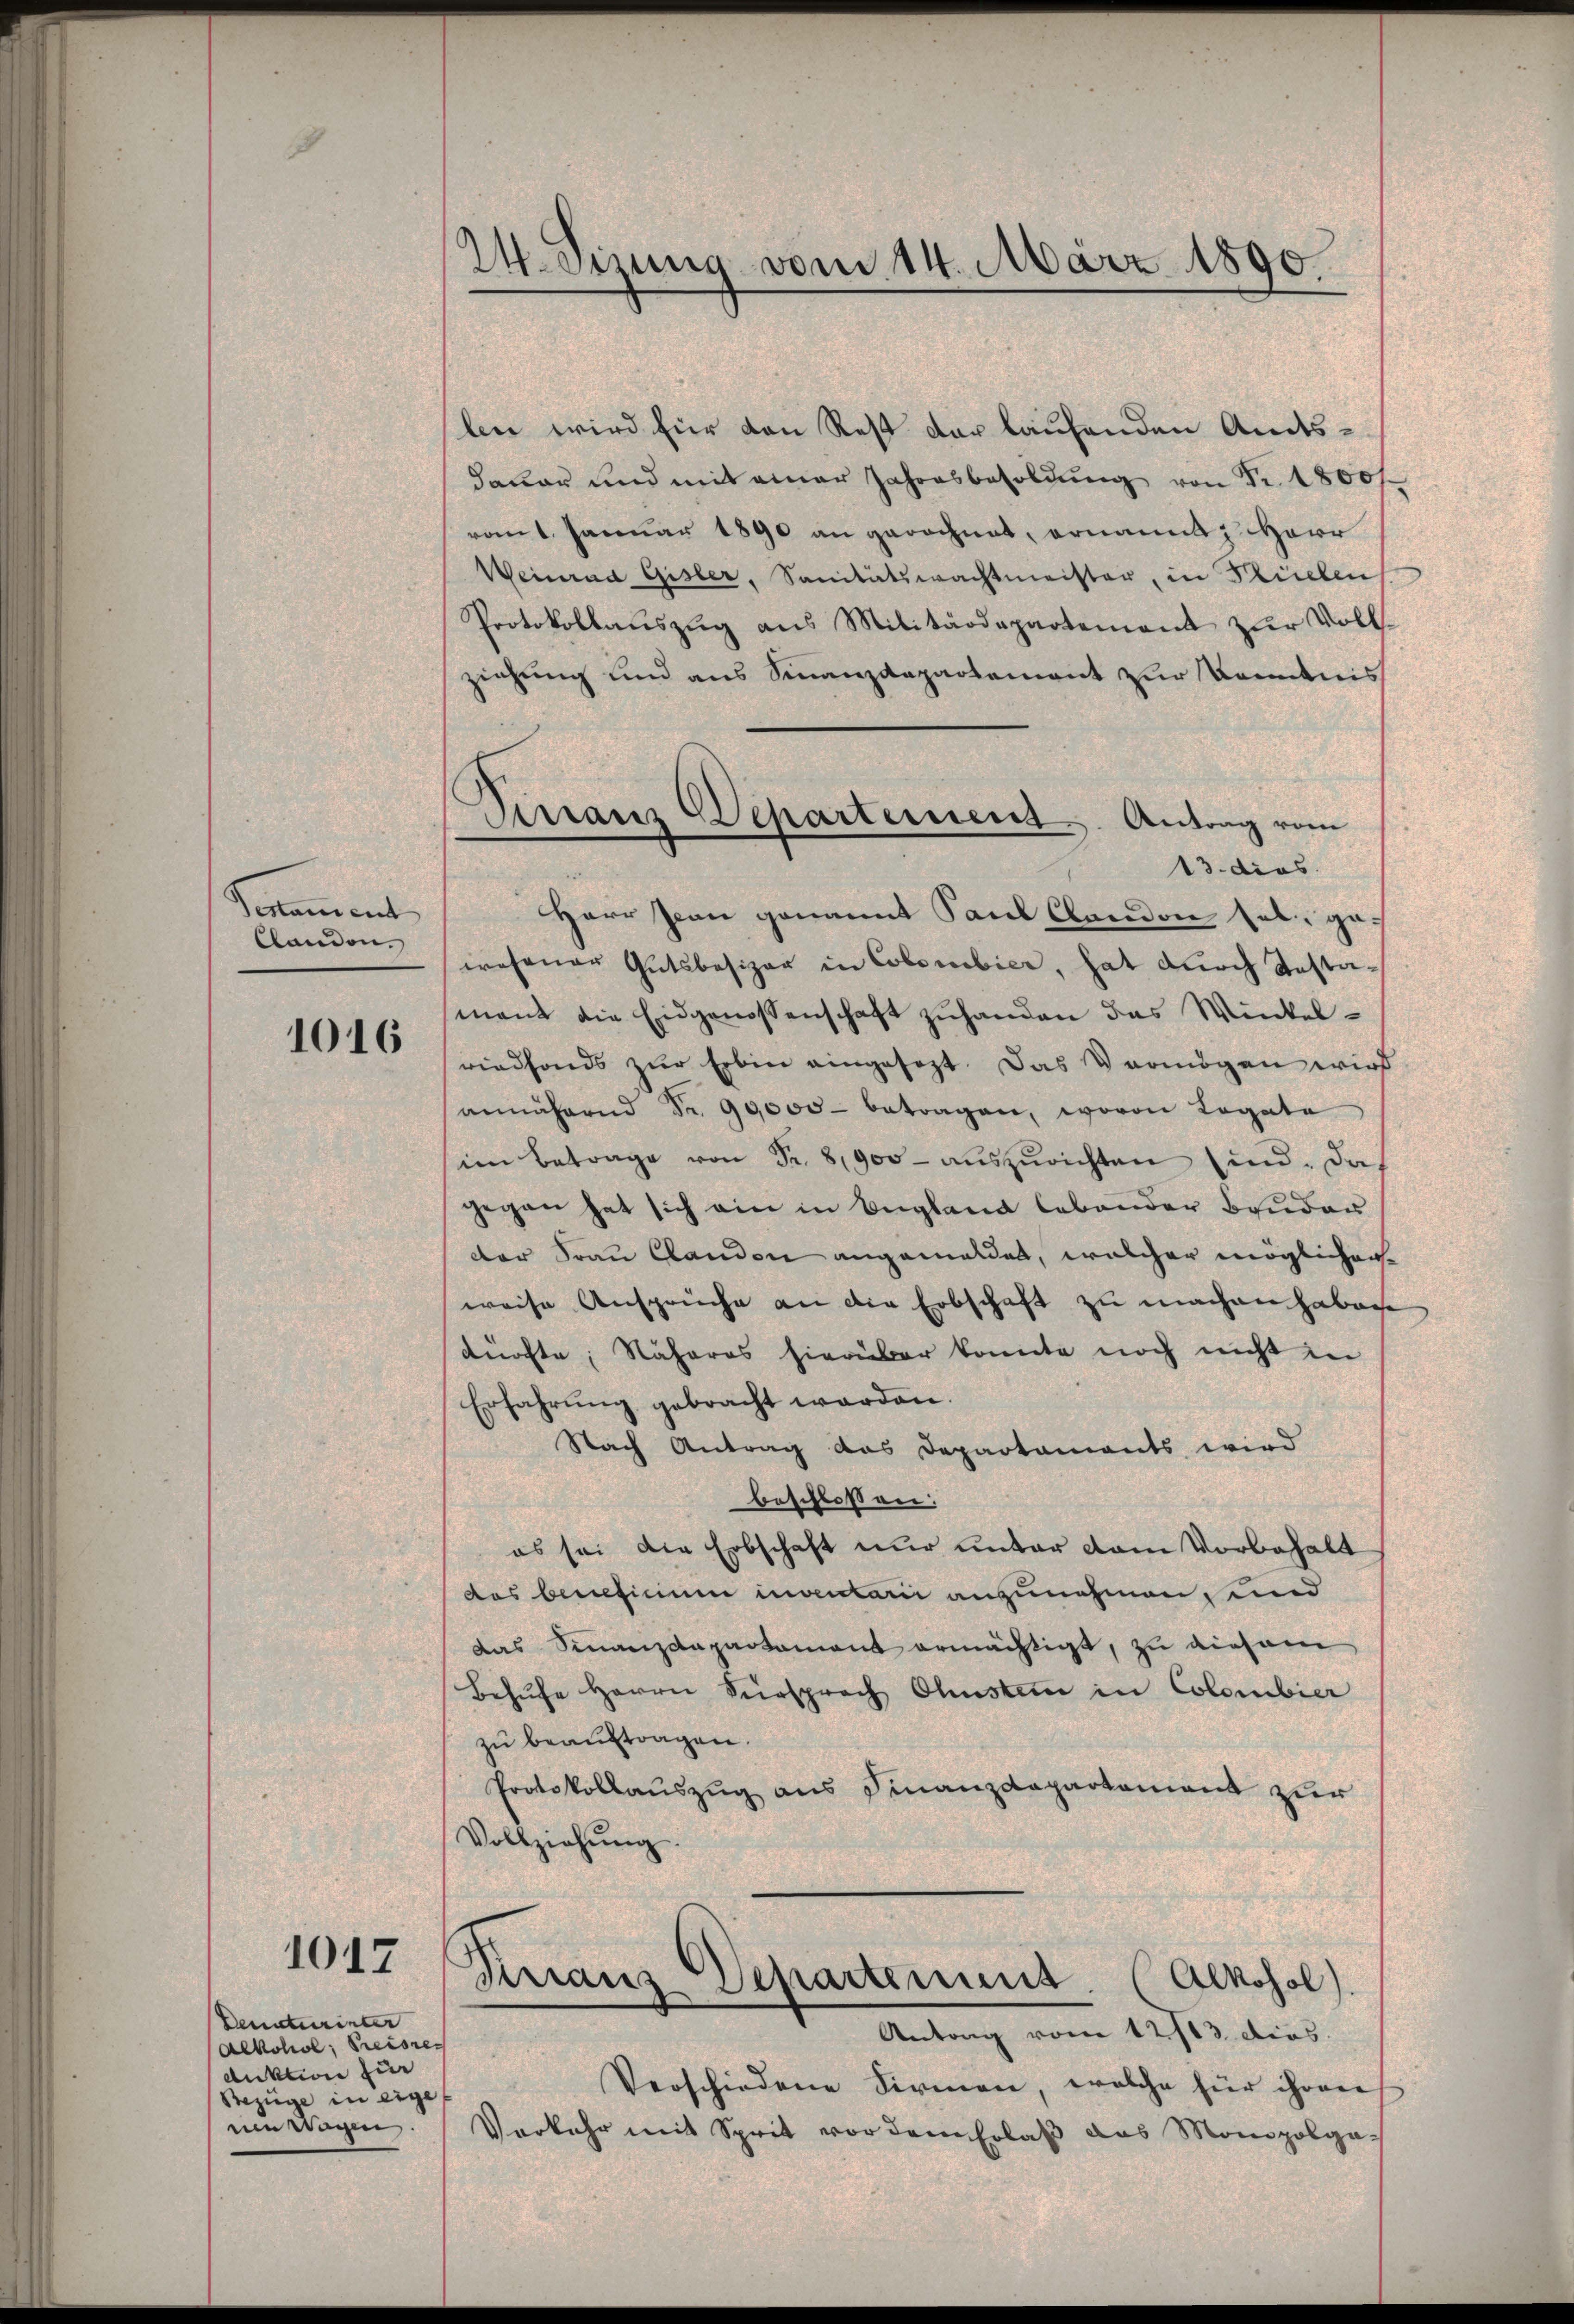
Venament

1016

1017

Denaturinter
Alkohol, Preisrec
duktion für
Bezüge in eige
ne Wagen.

24. Sizung vom 14. März 1890.

len wird für den Rest der laufenden Amtsdauer und mit einer Jahresbesoldung von Fr. 1800f
vom 1. Januar 1890 an gerechnet, ernannt Herr
Weinrad Gisler, Sanitätswachtmeister, in Siehen
Protokollaŭszŭg ans Militärdepartement zŭr Voll-
ziehung und aus Finanzdepartement zur Kenntnis
Herr Jean genannt Paul Clondon sel. ge¬
Clandon spresener Gutsbesizer in Colombier, hat durch Testamant die Eidgenossenschaft zuhanden das Winkelriedfonds zur Erben eingesezt. Das Vermögen wird
annäheren Fr. 99,000 betragen, wovon Legate
im Betrage von Fr. 8900- aŭszŭrichten sind. Das
gegen hat sich ein in England lebender Bruder
der Frau Clanden angemeldet, welcher möglichen
weise Ansprüche an die Erbschaft zu machen haben
dürfte; Näheres hierüber konnte noch nicht in
Erfahrung gebracht worden.
Nach Antrag das Departaments wird
beschlossen:
es sei die Erbschaft nur unter vom Vorbehalt
des beneficium inventarii anzunehmen, und
das Finanzdepartament ermächtigt, zu diesem
Behŭfe Herrn Fürsprach Ohusten in Colombier
zu beauftragen.
Protokollauszug aus Finanzdepartement zur
Vollziehŭng.
Virraus Departement. (Alkohol)
Antrag vom 12/13. dies.
Verschiedene Firmen, welche für ihren
Verkehr mit Sprit vor dem Erlaβ das Monopolga-

Granz Departement Antrag vom
13. dies